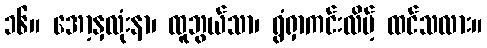
၁၆။ အော့နှလုံးနာ၊ ထူဘွယ်သာ၊ ရွံရှာကင်းလိမ့် ထင်သလား။